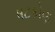
ષટકોણ